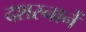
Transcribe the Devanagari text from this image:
दशस्नानें